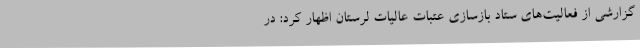
گزارشی از فعالیت‌های ستاد بازسازی عتبات عالیات لرستان اظهار کرد: در